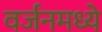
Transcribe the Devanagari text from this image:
वर्जनमध्ये